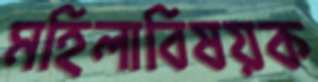
মহিলাবিষয়ক